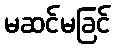
မဆင်မခြင်